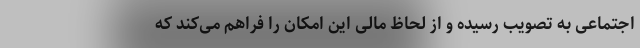
اجتماعی به تصویب رسیده و از لحاظ مالی این امکان را فراهم می‌کند که